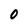
Character: 0